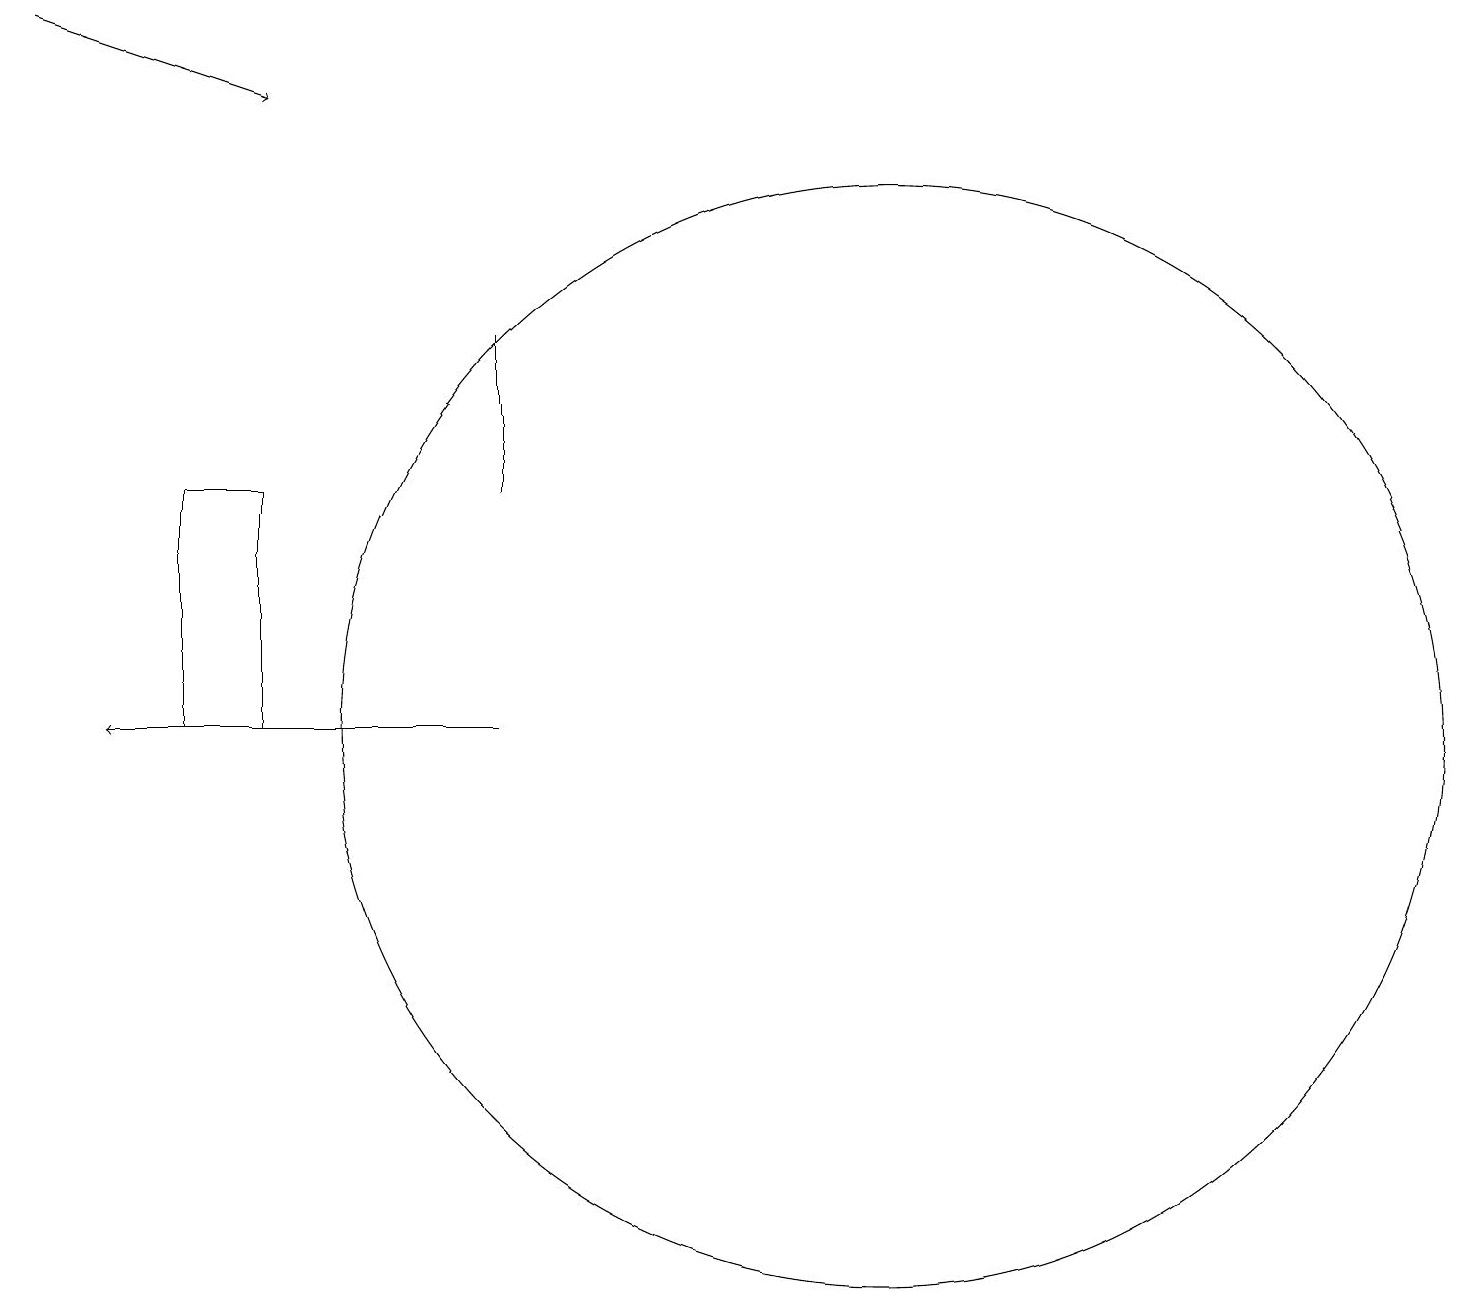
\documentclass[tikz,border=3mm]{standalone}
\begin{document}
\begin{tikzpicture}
\draw (3,13) rectangle (2,10);
\draw (6,13) rectangle (6,15);
\draw[->] (6,10) -- (1,10);
\draw (11,10) circle (7);
\draw[->] (0,19) -- (3,18);
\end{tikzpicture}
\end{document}